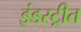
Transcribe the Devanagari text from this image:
इंडस्ट्रीत